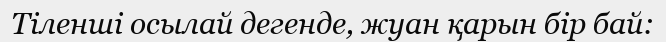
Тіленші осылай дегенде, жуан қарын бір бай: